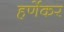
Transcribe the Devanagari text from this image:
हर्णेकर